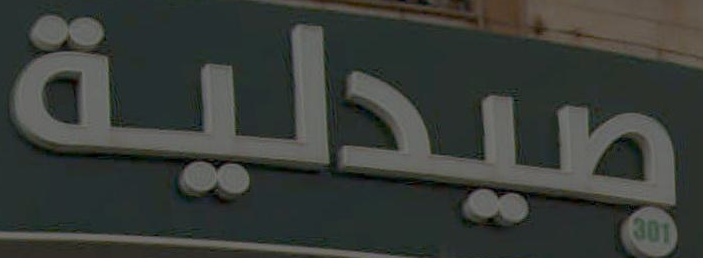
صيدلية